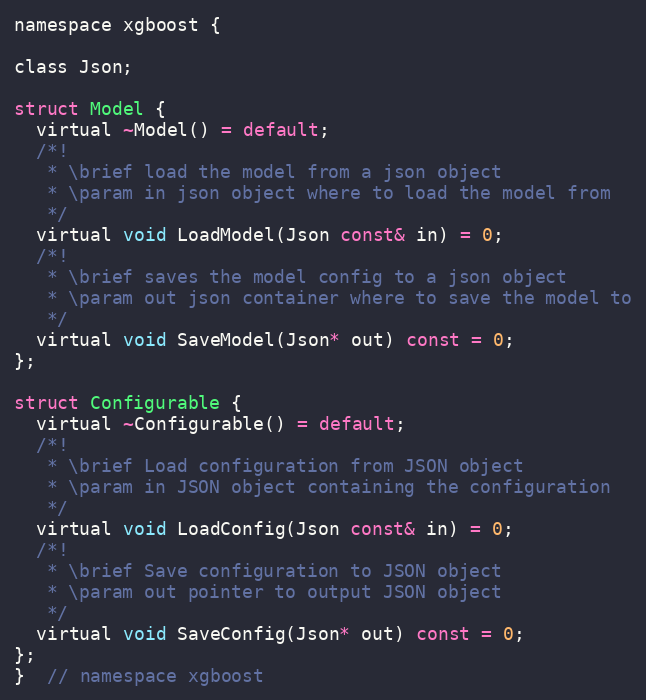
Language: C
namespace xgboost {

class Json;

struct Model {
  virtual ~Model() = default;
  /*!
   * \brief load the model from a json object
   * \param in json object where to load the model from
   */
  virtual void LoadModel(Json const& in) = 0;
  /*!
   * \brief saves the model config to a json object
   * \param out json container where to save the model to
   */
  virtual void SaveModel(Json* out) const = 0;
};

struct Configurable {
  virtual ~Configurable() = default;
  /*!
   * \brief Load configuration from JSON object
   * \param in JSON object containing the configuration
   */
  virtual void LoadConfig(Json const& in) = 0;
  /*!
   * \brief Save configuration to JSON object
   * \param out pointer to output JSON object
   */
  virtual void SaveConfig(Json* out) const = 0;
};
}  // namespace xgboost